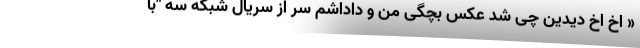
« اخ اخ دیدین چی شد عکس بچگی من و داداشم سر از سریال شبکه سه "با